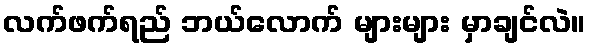
လက်ဖက်ရည် ဘယ်လောက် များများ မှာချင်လဲ။